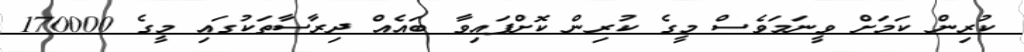
ކުރިން ކަމަށް ވީނަމަވެސް މީގެ ކުރިން ކޮށްފައިވާ ބައެއް ދިރާސާތަކުގައި މީގެ 170000